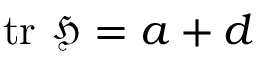
\operatorname { t r } \, { \mathfrak { H } } = a + d